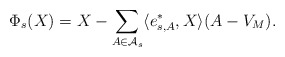
\begin{align*}\Phi_{s}(X) = X - \sum_{A \in \mathcal{A}_s} \langle e^*_{s,A} , X \rangle (A - V_M).\end{align*}